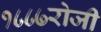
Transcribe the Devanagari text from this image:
१८८७रोजी